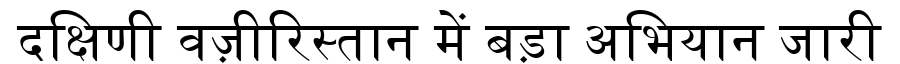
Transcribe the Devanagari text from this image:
दक्षिणी वज़ीरिस्तान में बड़ा अभियान जारी